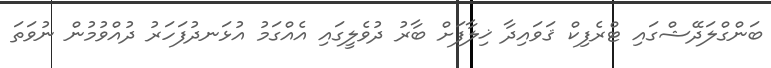
ބަންގްލަދޭޝްގައި ޓްރެފިކް ޤަވައިދާ ޚިލާފަށް ބާރު ދުވެލީގައި އެއްގަމު އުޅަނދުފަހަރު ދުއްވުމުން ނުވަތަ